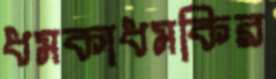
ধমকাধমকির